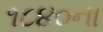
૧૮૪૦ના